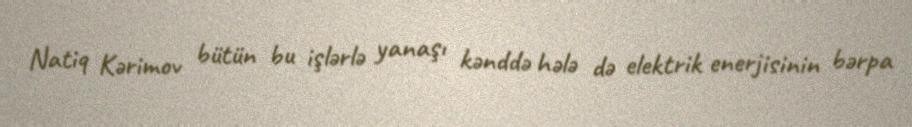
Natiq Kərimov bütün bu işlərlə yanaşı kənddə hələ də elektrik enerjisinin bərpa